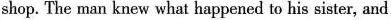
shop. The man knew what happened to his sister, and